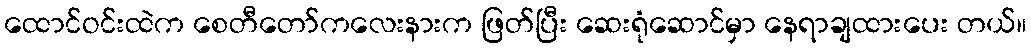
ထောင်ဝင်းထဲက စေတီတော်ကလေးနားက ဖြတ်ပြီး ဆေးရုံဆောင်မှာ နေရာချထားပေး တယ်။